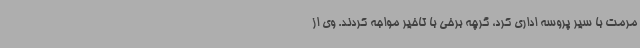
مرمت با سیر پروسه اداری کرد، گرچه برخی با تاخیر مواجه کردند. وی از